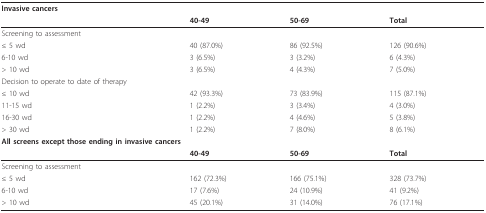
<table><thead><tr><td><b>Invasive cancers</b></td><td></td><td></td><td></td></tr><tr><td></td><td><b>40-49</b></td><td><b>50-69</b></td><td><b>Total</b></td></tr></thead><tbody><tr><td>Screening to assessment</td><td></td><td></td><td></td></tr><tr><td>≤ 5 wd</td><td>40 (87.0%)</td><td>86 (92.5%)</td><td>126 (90.6%)</td></tr><tr><td>6-10 wd</td><td>3 (6.5%)</td><td>3 (3.2%)</td><td>6 (4.3%)</td></tr><tr><td>&gt; 10 wd</td><td>3 (6.5%)</td><td>4 (4.3%)</td><td>7 (5.0%)</td></tr><tr><td>Decision to operate to date of therapy</td><td></td><td></td><td></td></tr><tr><td>≤ 10 wd</td><td>42 (93.3%)</td><td>73 (83.9%)</td><td>115 (87.1%)</td></tr><tr><td>11-15 wd</td><td>1 (2.2%)</td><td>3 (3.4%)</td><td>4 (3.0%)</td></tr><tr><td>16-30 wd</td><td>1 (2.2%)</td><td>4 (4.6%)</td><td>5 (3.8%)</td></tr><tr><td>&gt; 30 wd</td><td>1 (2.2%)</td><td>7 (8.0%)</td><td>8 (6.1%)</td></tr><tr><td colspan="4"><b>All screens except those ending in invasive cancers</b></td></tr><tr><td></td><td><b>40-49</b></td><td><b>50-69</b></td><td><b>Total</b></td></tr><tr><td>Screening to assessment</td><td></td><td></td><td></td></tr><tr><td>≤ 5 wd</td><td>162 (72.3%)</td><td>166 (75.1%)</td><td>328 (73.7%)</td></tr><tr><td>6-10 wd</td><td>17 (7.6%)</td><td>24 (10.9%)</td><td>41 (9.2%)</td></tr><tr><td>&gt; 10 wd</td><td>45 (20.1%)</td><td>31 (14.0%)</td><td>76 (17.1%)</td></tr></tbody></table>